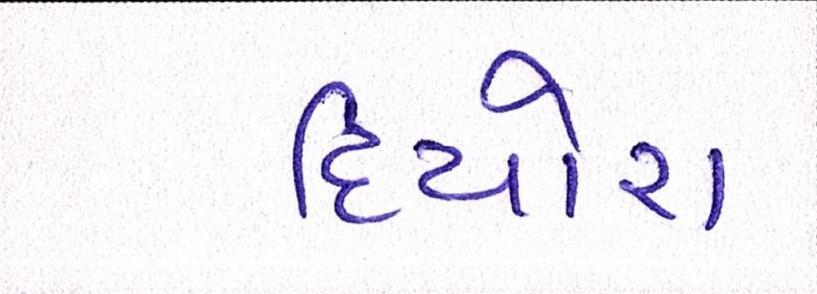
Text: દિયોરા